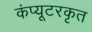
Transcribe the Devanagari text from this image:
कंप्यूटरकृत